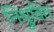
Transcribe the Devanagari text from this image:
निध्रुवित